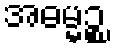
အဓမ္မဉ္စ